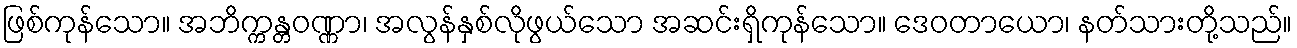
ဖြစ်ကုန်သော။ အဘိက္ကန္တဝဏ္ဏာ၊ အလွန်နှစ်လိုဖွယ်သော အဆင်းရှိကုန်သော။ ဒေဝတာယော၊ နတ်သားတို့သည်။